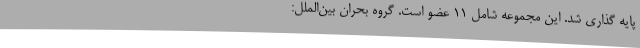
پایه گذاری شد. این مجموعه شامل 11 عضو است. گروه بحران بین‌الملل: